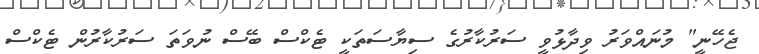
ޖެހޭނީ" މުނައްވަރު ވިދާޅުވީ ސަރުކާރުގެ ސިޔާސަތަކީ ޓެކްސް ބޭސް ނުވަތަ ސަރުކާރުން ޓެކްސް